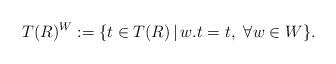
LaTeX: \begin{align*}T(R)^W:=\{t\in T(R)\, | \, w.t=t, \,\, \forall w\in W\}.\end{align*}